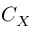
C _ { X }